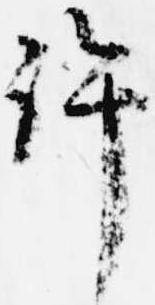
許